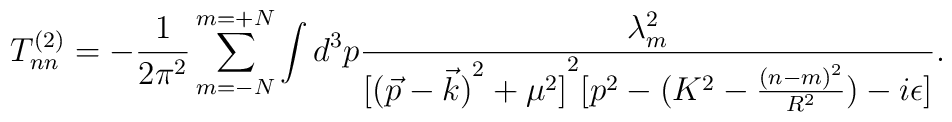
T_{nn}^{(2)}=-\frac{1}{2\pi^2} \sum_{m=-N}^{m=+N}\int d^3p\frac{\lambda_m^2}{{[{(\vec{p} - \vec{k})}^2 + \mu^2]}^2[p^2 - (K^2 -\frac{{(n-m)}^2}{R^2}) -i \epsilon]}.